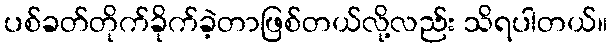
ပစ်ခတ်တိုက်ခိုက်ခဲ့တာဖြစ်တယ်လို့လည်း သိရပါတယ်။